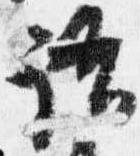
語